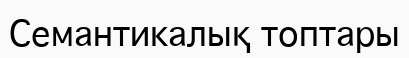
Семантикалық топтары